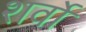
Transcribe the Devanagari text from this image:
शर्वो